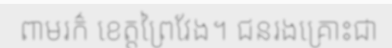
ពាមរក៌ ខេត្តព្រៃវែង។ ជនរងគ្រោះជា